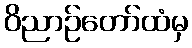
ဝိညာဉ်တော်ထံမှ